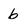
Character: 6